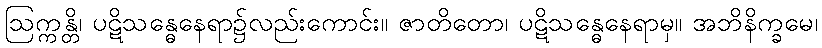
ဩက္ကန္တိ၊ ပဋိသန္ဓေနေရာ၌လည်းကောင်း။ ဇာတိတော၊ ပဋိသန္ဓေနေရာမှ။ အဘိနိက္ခမေ၊